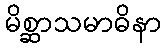
မိစ္ဆာသမာဓိနာ